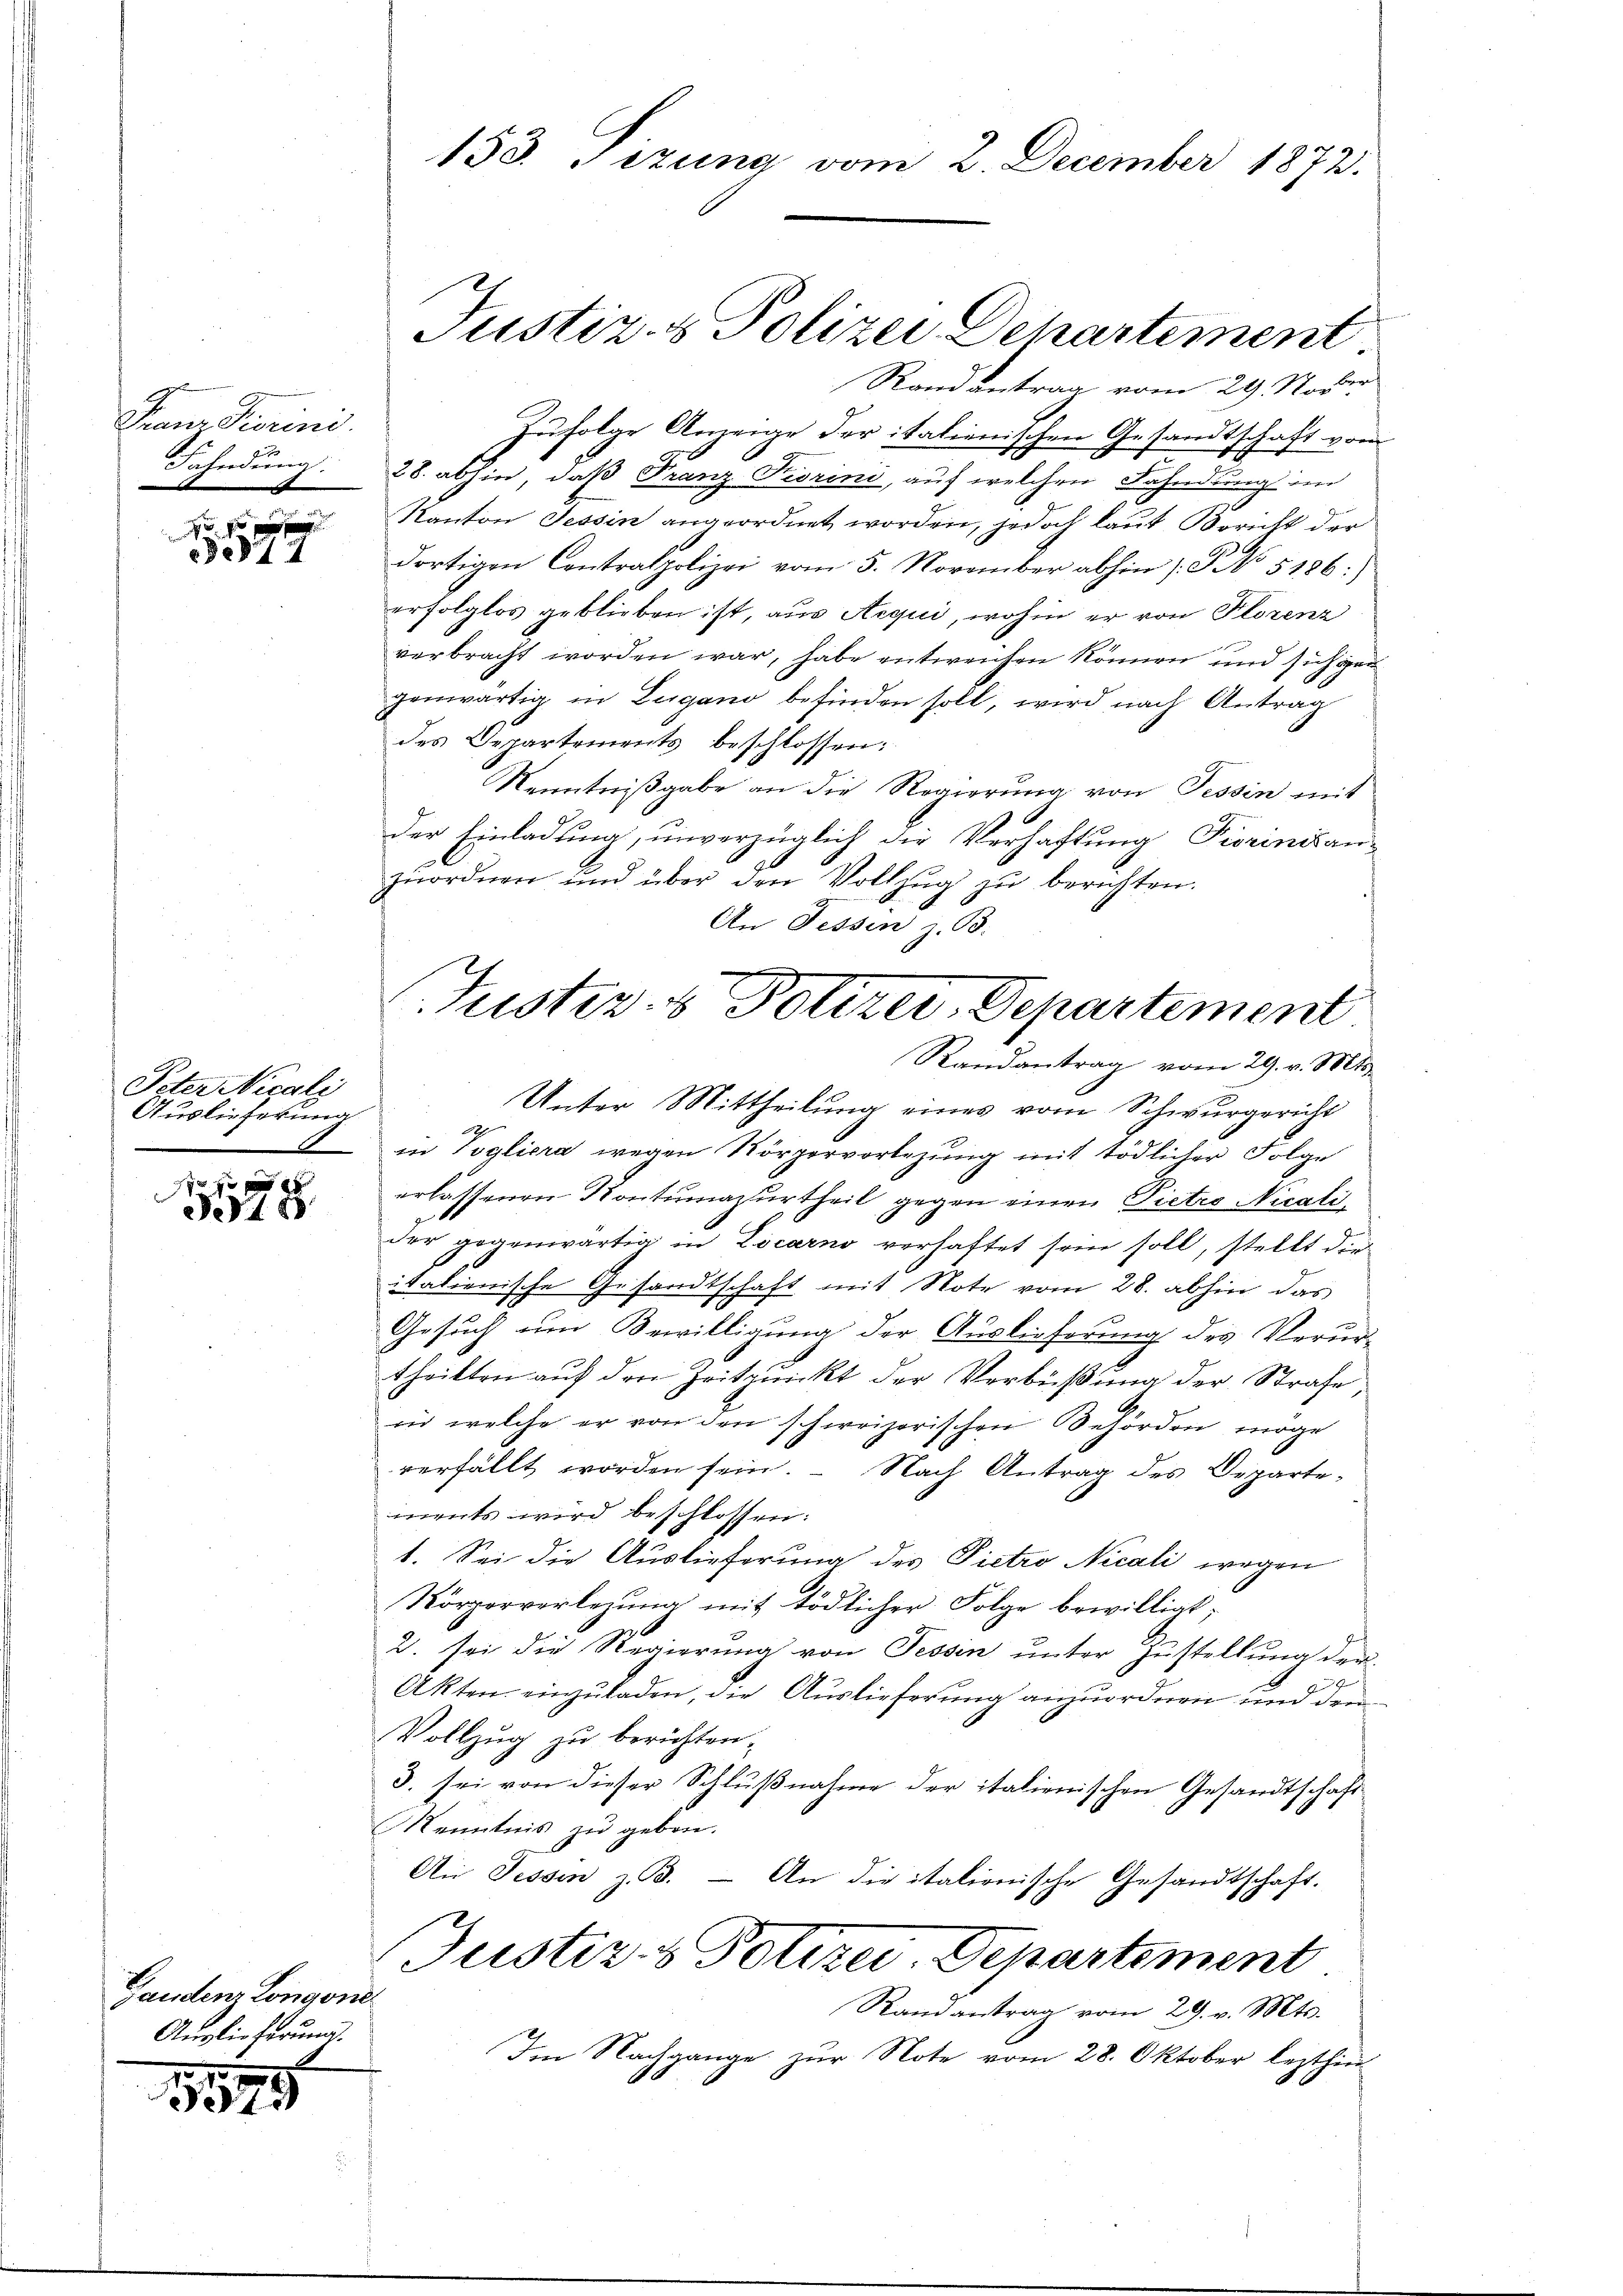
Franz Fiorisis.
Fahndung.
m

Se12

Peter Nicali
Auslieferung

1 f 0 x
348

Zufolge Anzeige der italienischen Gesandtschaft vom
28. abhin, daß Franz Piorini, auf welchen Fahndung im
Kanton Tessin angeordnet worden, jedoch laut Bericht der
dortigen Centralpolizei vom 5. November abhin 1. No 5186:)
erfolglos geblieben ist, aus Aequi, wohin er von Florenz
verbracht worden war, habe entweichen können und sich gen
genwärtig in Lugano befinden soll, wird nach Antrag
des Departements beschlossen:
Kenntnißgabe an die Regierung von Tessin mit
der Einladung, unverzüglich die Verhaftung Fiorinian-
zuordnen und über den Vollzŭg zŭ berichten.
An Fessen z. B.

Ganden Longone
Auslieferung.

175

153. Tizung vom 2. December 1872.

Justiz- & Polizei Dehartement
Randantrag vom 29. Nover

Justiz- & Polizei-Departement
Randantrag vom 29. v. Mts.
Unter Mittheilung eines vom Schwurgericht
in Vogliora wegen Körpervortezung mit tödlicher Folge

erlassenen Kontumazurtheil gegen einen Pietro Nicatider gegenwärtig in Locarno verhaftet sein soll, stellt die
italienische Gesandtschaft mit Note vom 28. abhin das
Gesuch um Bewilligung der Auslieferung des Verur-
theilten auf den Zeitrunckt der Verbüßung der Strafe
zu welche er von den schweizerischen Behörden möge
verfällt worden sein. Nach Antrag des Departements wird beschlossen:
1. Sei die Auslieferung des Pietro Nicali wegen
Rörperverlegung mit tödlicher Folge bewilligt,
2. sei die Regierŭng von Fessen ŭnter Zustellung der
9
7.
Akten einzuladen, die Auslieferung anzuordnen und den
Vollzug zu berichten.
3. sei von dieser Schlußnahme der italienischen Gesandtschaft.
Kenntnis zu geben.
Au Fessen z. B. — An die italionische Gesandtschaft.
Justiz- & Polizei Departement
Randantrag vom 29. v. Mts.
Im Nachgange zur Note vom 28. Oktober lezthin